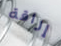
إراقة